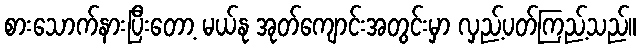
စားသောက်နားပြီးတော့ မယ်နု အုတ်ကျောင်းအတွင်းမှာ လှည့်ပတ်ကြည့်သည်။